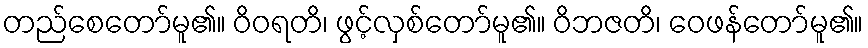
တည်စေတော်မူ၏။ ဝိဝရတိ၊ ဖွင့်လှစ်တော်မူ၏။ ဝိဘဇတိ၊ ဝေဖန်တော်မူ၏။